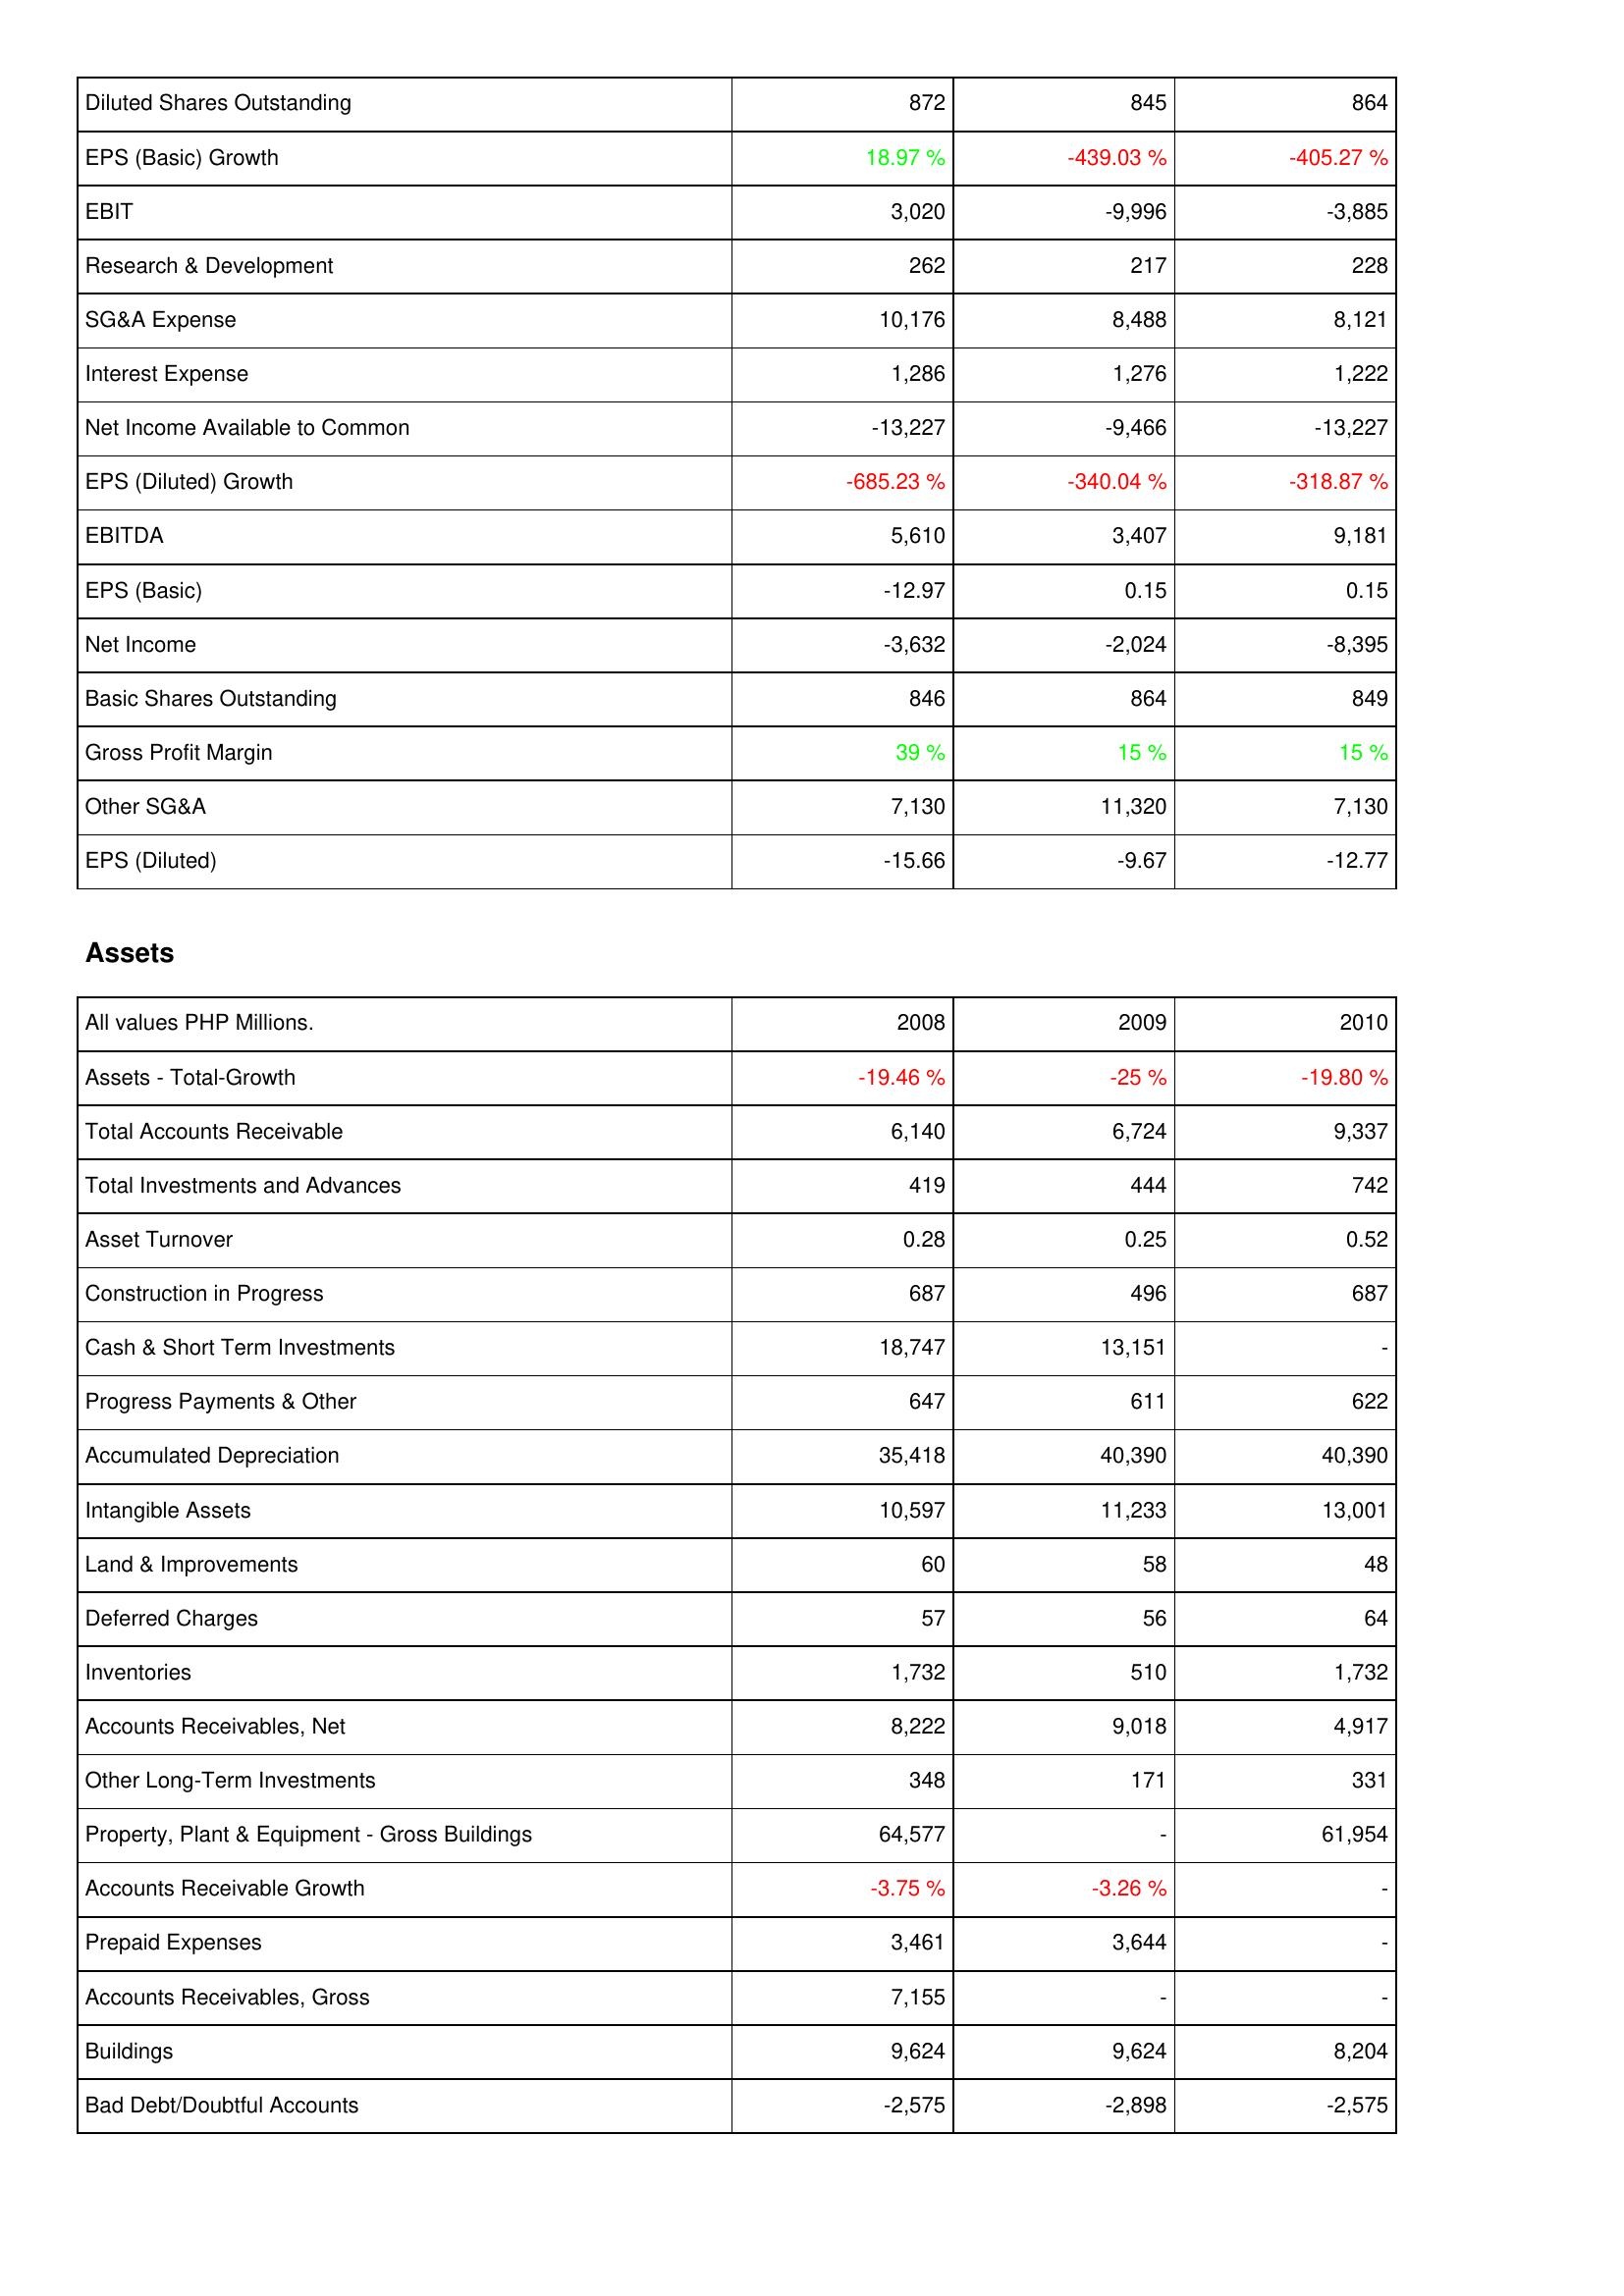
2008: Income Statement: Diluted Shares Outstanding: 872
EPS (Basic) Growth: 18.97 %
EBIT: 3,020
Research & Development: 262
SG&A Expense: 10,176
Interest Expense: 1,286
Net Income Available to Common: -13,227
EPS (Diluted) Growth: -685.23 %
EBITDA: 5,610
EPS (Basic): -12.97
Net Income: -3,632
Basic Shares Outstanding: 846
Gross Profit Margin: 39 %
Other SG&A: 7,130
EPS (Diluted): -15.66
Assets: Assets - Total-Growth: -19.46 %
Total Accounts Receivable: 6,140
Total Investments and Advances: 419
Asset Turnover: 0.28
Construction in Progress: 687
Cash & Short Term Investments: 18,747
Progress Payments & Other: 647
Accumulated Depreciation: 35,418
Intangible Assets: 10,597
Land & Improvements: 60
Deferred Charges: 57
Inventories: 1,732
Accounts Receivables, Net: 8,222
Other Long-Term Investments: 348
Property, Plant & Equipment - Gross Buildings: 64,577
Accounts Receivable Growth: -3.75 %
Prepaid Expenses: 3,461
Accounts Receivables, Gross: 7,155
Buildings: 9,624
Bad Debt/Doubtful Accounts: -2,575
2009: Income Statement: Diluted Shares Outstanding: 845
EPS (Basic) Growth: -439.03 %
EBIT: -9,996
Research & Development: 217
SG&A Expense: 8,488
Interest Expense: 1,276
Net Income Available to Common: -9,466
EPS (Diluted) Growth: -340.04 %
EBITDA: 3,407
EPS (Basic): 0.15
Net Income: -2,024
Basic Shares Outstanding: 864
Gross Profit Margin: 15 %
Other SG&A: 11,320
EPS (Diluted): -9.67
Assets: Assets - Total-Growth: -25 %
Total Accounts Receivable: 6,724
Total Investments and Advances: 444
Asset Turnover: 0.25
Construction in Progress: 496
Cash & Short Term Investments: 13,151
Progress Payments & Other: 611
Accumulated Depreciation: 40,390
Intangible Assets: 11,233
Land & Improvements: 58
Deferred Charges: 56
Inventories: 510
Accounts Receivables, Net: 9,018
Other Long-Term Investments: 171
Property, Plant & Equipment - Gross Buildings: -
Accounts Receivable Growth: -3.26 %
Prepaid Expenses: 3,644
Accounts Receivables, Gross: -
Buildings: 9,624
Bad Debt/Doubtful Accounts: -2,898
2010: Income Statement: Diluted Shares Outstanding: 864
EPS (Basic) Growth: -405.27 %
EBIT: -3,885
Research & Development: 228
SG&A Expense: 8,121
Interest Expense: 1,222
Net Income Available to Common: -13,227
EPS (Diluted) Growth: -318.87 %
EBITDA: 9,181
EPS (Basic): 0.15
Net Income: -8,395
Basic Shares Outstanding: 849
Gross Profit Margin: 15 %
Other SG&A: 7,130
EPS (Diluted): -12.77
Assets: Assets - Total-Growth: -19.80 %
Total Accounts Receivable: 9,337
Total Investments and Advances: 742
Asset Turnover: 0.52
Construction in Progress: 687
Cash & Short Term Investments: -
Progress Payments & Other: 622
Accumulated Depreciation: 40,390
Intangible Assets: 13,001
Land & Improvements: 48
Deferred Charges: 64
Inventories: 1,732
Accounts Receivables, Net: 4,917
Other Long-Term Investments: 331
Property, Plant & Equipment - Gross Buildings: 61,954
Accounts Receivable Growth: -
Prepaid Expenses: -
Accounts Receivables, Gross: -
Buildings: 8,204
Bad Debt/Doubtful Accounts: -2,575